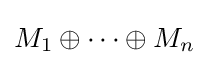
M_{1}\oplus \cdots \oplus M_{n}